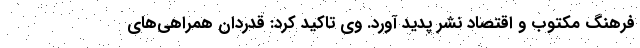
فرهنگ مکتوب و اقتصاد نشر پدید آورد. وی تاکید کرد: قدردان همراهی‌های